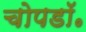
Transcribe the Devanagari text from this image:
चोपडॉ॰